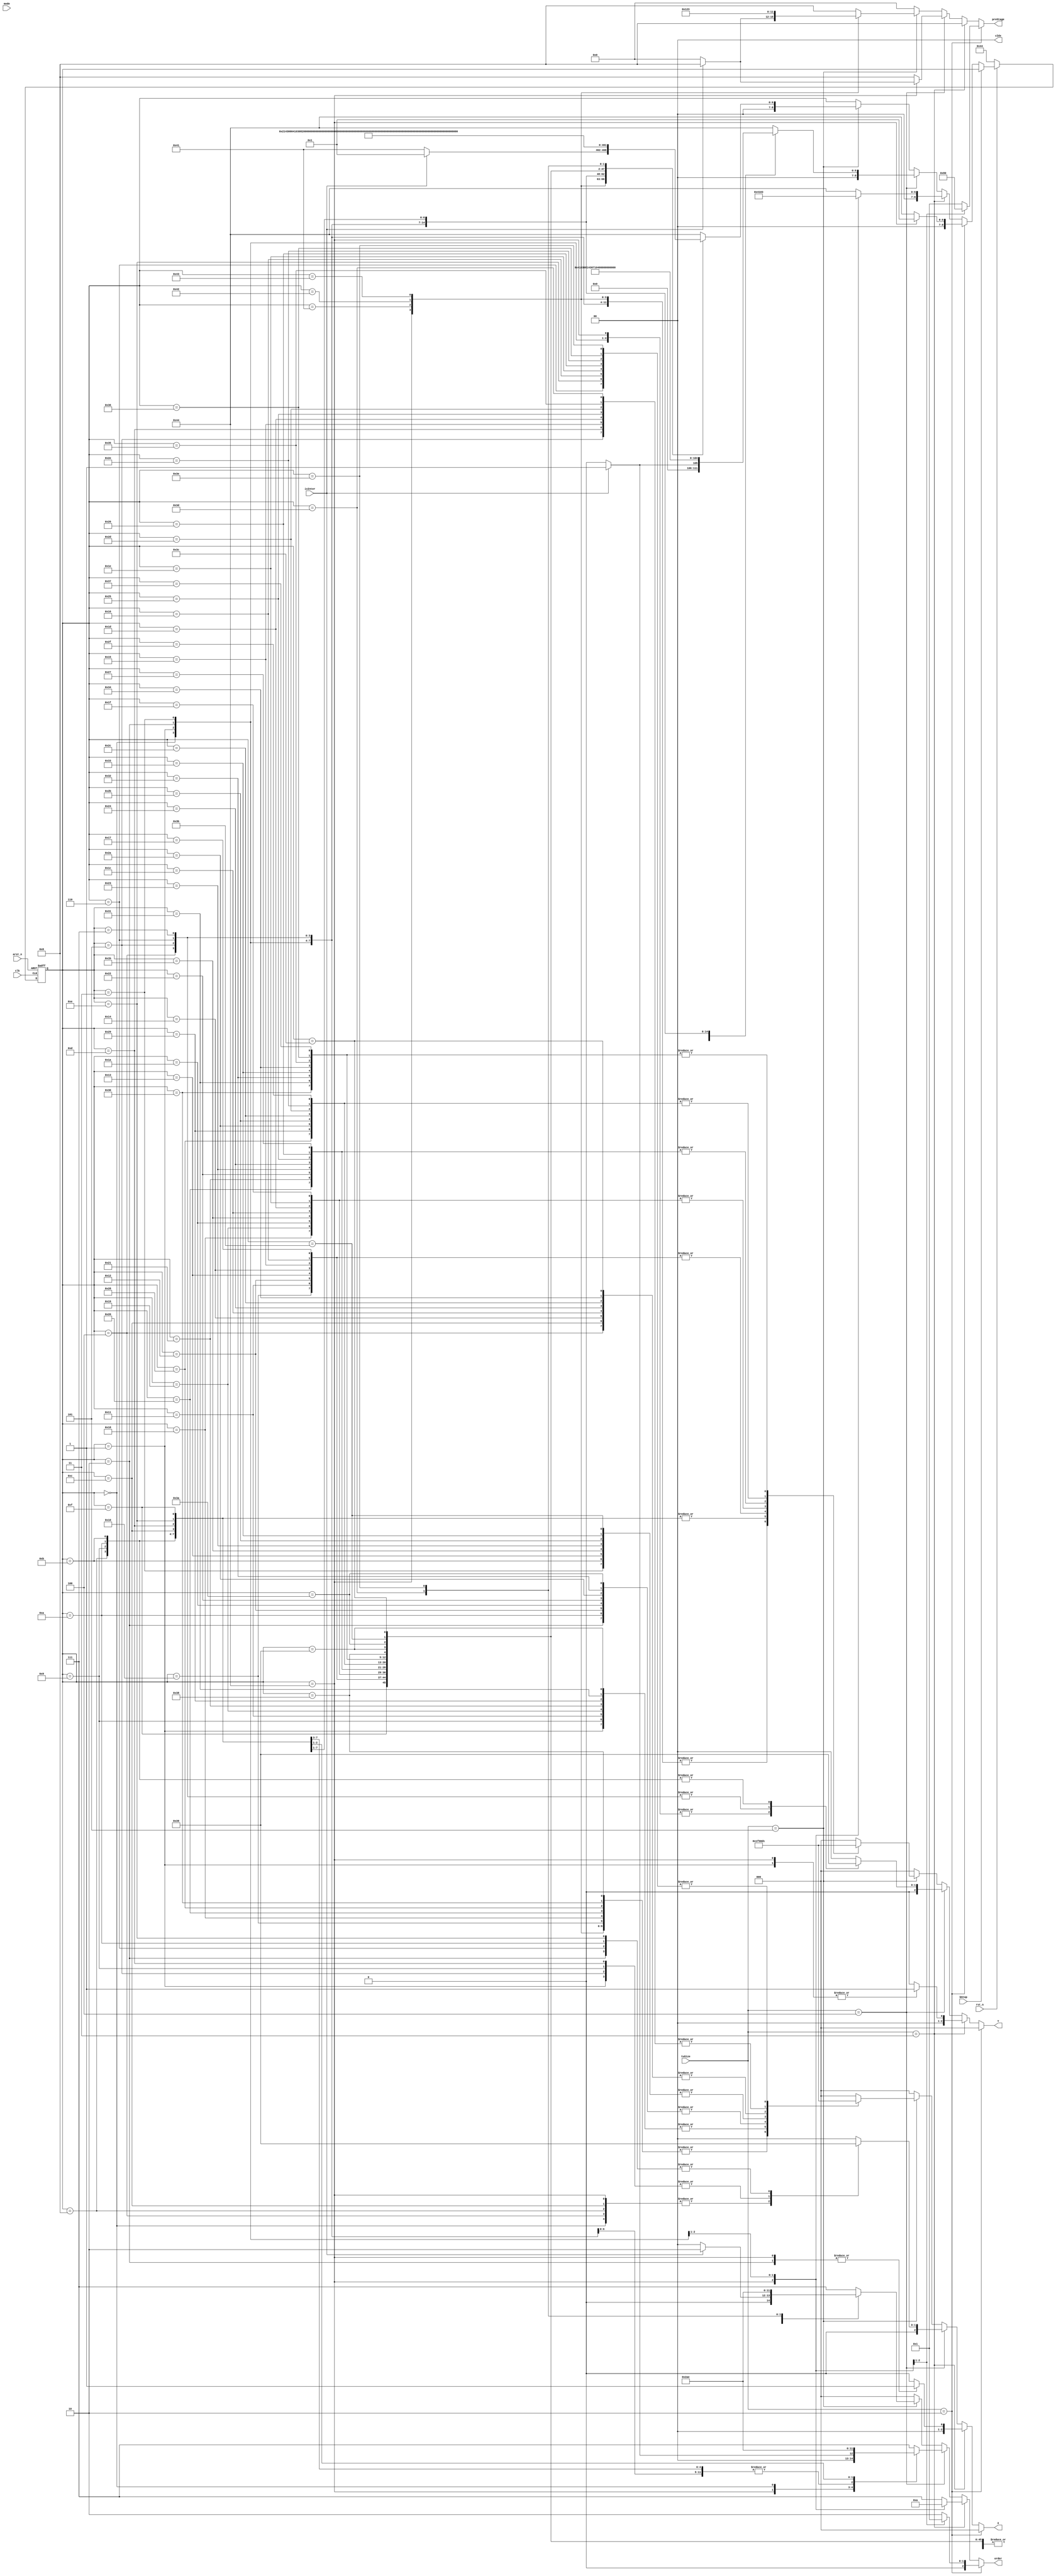
`timescale 1ns/1ps
module intra_fsm(
  clk
  ,arst_n
  ,rst_n
  ,tuSize // i
  ,mode   // i
  ,X      // out
  ,Y      // out
  ,preStage  //out
  ,order
  ,bStop
  ,cIdx
  ,isInter
);

parameter				isChroma = 0;

input 				clk,rst_n,arst_n;
input [5:0] 		mode;
input [2:0] 		tuSize;     //2 -- 4,    3--8,  4-- 16,  5--32,  6--64  
input 				bStop;
input				isInter;
output reg	[1:0]	cIdx;


reg	[1:0]			r_cIdx;

output reg [2:0] 	X,Y;   
reg [8:0] 			currentState;
reg [8:0] 			nextState;
output reg [3:0] 	preStage;
output 	reg [2:0]	order;

		 

parameter state0 = 9'd0, state1 = 9'd1, state2 = 9'd2, state3 = 9'd3, state4 = 9'd4, state5 = 9'd5, state6 = 9'd6, state7 = 9'd7, 
state8 = 9'd8, state9 = 9'd9, state10 = 9'd10, state11 = 9'd11, state12 = 9'd12, state13 = 9'd13, state14 = 9'd14, state15 = 9'd15, 
state16 = 9'd16, state17 = 9'd17, state18 = 9'd18, state19 = 9'd19, state20 = 9'd20, state21 = 9'd21, state22 = 9'd22, state23 = 9'd23, 
state24 = 9'd24, state25 = 9'd25, state26 = 9'd26, state27 = 9'd27, state28 = 9'd28, state29 = 9'd29, state30 = 9'd30, state31 = 9'd31, 
state32 = 9'd32, state33 = 9'd33, state34 = 9'd34, state35 = 9'd35, state36 = 9'd36, state37 = 9'd37, state38 = 9'd38, state39 = 9'd39, 
state40 = 9'd40, state41 = 9'd41, state42 = 9'd42, state43 = 9'd43, state44 = 9'd44, state45 = 9'd45, state46 = 9'd46, state47 = 9'd47, 
state48 = 9'd48, state49 = 9'd49, state50 = 9'd50, state51 = 9'd51, state52 = 9'd52, state53 = 9'd53, state54 = 9'd54, state55 = 9'd55, 
state56 = 9'd56, state57 = 9'd57, state58 = 9'd58, state59 = 9'd59, state60 = 9'd60, state61 = 9'd61, state62 = 9'd62, state63 = 9'd63, 
state64 = 9'd64, state65 = 9'd65, state66 = 9'd66, state67 = 9'd67;
parameter starState = 9'd68;


 always @(posedge clk or negedge arst_n) 
			if(~arst_n)	begin
				   currentState<= starState;
				   r_cIdx <= 1;
				end
			else if(!rst_n) begin
				   currentState<= starState;
				   r_cIdx <= 1;
				end
			else	begin
				if(!bStop)	begin
					currentState<= nextState;
					
					if(order==7 && tuSize!=2)
						r_cIdx <= ~r_cIdx;
					else if(tuSize==2 && order!=0)
						r_cIdx <= order==1? 2:1;
				end
				
			end
  
  always @(*) begin
		if(!isChroma)
			cIdx=0;
		else
			cIdx = r_cIdx;
			
    preStage = 0;	  X=0;   Y=0;  order =0;
  
    if(tuSize == 3'd2) begin
		case(currentState)
		starState: begin 
			X=0; Y=0; preStage=4'd8; order = 0;	 
			if(!isChroma)
				nextState = state1; 
			else
				nextState = cIdx==1? state1:state2; 
			end
		state1: begin nextState = starState; X=0; Y=0;  preStage=4'd0; order = 1; end
	//	state2: begin nextState = starState; X=0; Y=0;  preStage=4'd1; order = 2; end
		default: begin nextState = starState; X=0; Y=0;  preStage=4'd1; order = 2; end
        endcase
    end

    else  
      if(tuSize==3'd3) begin  
			
        case(currentState)
		starState: begin nextState = state1; X=1; Y=1; preStage=4'd8; order = 0;	  end
		state1: begin nextState = state2; X=0; Y=1;  preStage=4'd8; order = 1; end
		state2: begin nextState = state3; X=1; Y=0;  preStage=4'd8; order = 2; end
		//state3: begin nextState = starState; X=0; Y=0;  preStage=4'd8; order = 7; end 
		default: begin nextState = starState; X=0; Y=0;  preStage=4'd8; order = 7; end 
        endcase
       end
    else if(tuSize==3'd4)
        begin
	
           case(currentState)
		starState:  
			if(isInter)	begin
				nextState = state1; X=3; Y=3; preStage=4'd8;	order = 1; 	  	
			end
			else begin
				nextState = state0; X=3; Y=3; preStage=4'd0;	order = 0; 	  
			end
		
		state0: begin nextState = state1; X=3; Y=3; preStage=4'd8;      order = 1;		end
		state1: begin nextState = state2; X=2; Y=3; preStage=4'd8;		order = 2;   	end
		state2: begin nextState = state3; X=1; Y=3; preStage=4'd8;  	order = 2; 		end
		state3: begin nextState = state4; X=0; Y=3; preStage=4'd8;  	order = 2; 		end
		state4: begin nextState = state5; X=3; Y=2; preStage=4'd8;  	order = 2; 		end
		state5: begin nextState = state6; X=2; Y=2; preStage=4'd8;  	order = 2; 		end
		state6: begin nextState = state7; X=1; Y=2; preStage=4'd8;  	order = 2; 		end
		state7: begin nextState = state8; X=0; Y=2; preStage=4'd8;  	order = 2; 		end
		state8: begin nextState = state9; X=3; Y=1; preStage=4'd8;  	order = 2; 		end
		state9: begin nextState = state10; X=2; Y=1; preStage=4'd8;  	order = 2; 		end
		state10: begin nextState = state11; X=1; Y=1; preStage=4'd8;  	order = 2; 		end
		state11: begin nextState = state12; X=0; Y=1; preStage=4'd8;  	order = 2; 		end
		state12: begin nextState = state13; X=3; Y=0; preStage=4'd8;  	order = 2; 		end
		state13: begin nextState = state14; X=2; Y=0; preStage=4'd8;   	order = 5; 		end
		state14: begin nextState = state15; X=1; Y=0; preStage=4'd8;	order = 6;		end
//		state15: begin nextState = starState; X=0; Y=0; preStage=4'd8;	order = 7;		end
		default: begin nextState = starState; X=0; Y=0; preStage=4'd8;	order = 7;		end
        endcase
        end
    else if (tuSize==3'd5 ) begin 
	
       case(currentState)
		starState: 
		if(isInter)
			begin nextState = state1; X=7; Y=7; preStage=4'd8; 	order = 2;  end
		else
			begin nextState = state65; X=7; Y=7; preStage=4'd0; order = 0;  end
		state65: begin nextState = state66; X=7; Y=7; preStage=4'd1;	order = 1; 	end
		state66: begin nextState = state67; X=7; Y=7; preStage=4'd2;	order = 2; 	end
		state67: begin nextState = state0; X=7; Y=7; preStage=4'd3; 	order = 2; 	end
		state0: begin nextState = state1; X=7; Y=7;  preStage=4'd8; 	order = 2; 	end
		state1: begin nextState = state2; X=6; Y=7; preStage=4'd8; 		order = 2; 	end
		state2: begin nextState = state3; X=5; Y=7; preStage=4'd8; 		order = 2; 	end
		state3: begin nextState = state4; X=4; Y=7; preStage=4'd8; 		order = 2; 	end
		state4: begin nextState = state5; X=3; Y=7; preStage=4'd8;		order = 2; 	end
		state5: begin nextState = state6; X=2; Y=7; preStage=4'd8;		order = 2; 	end
		state6: begin nextState = state7; X=1; Y=7; preStage=4'd8;		order = 2; 	end
		state7: begin nextState = state8; X=0; Y=7; preStage=4'd8;		order = 2; 	end
		state8: begin nextState = state9; X=7; Y=6; preStage=4'd8;		order = 2; 	end
		state9: begin nextState = state10; X=6; Y=6; preStage=4'd8;		order = 2; 	end
		state10: begin nextState = state11; X=5; Y=6; preStage=4'd8;	order = 2; 	end
		state11: begin nextState = state12; X=4; Y=6; preStage=4'd8;	order = 2; 	end
		state12: begin nextState = state13; X=3; Y=6; preStage=4'd8;	order = 2; 	end
		state13: begin nextState = state14; X=2; Y=6; preStage=4'd8;	order = 2; 	end
		state14: begin nextState = state15; X=1; Y=6; preStage=4'd8;	order = 2; 	end
		state15: begin nextState = state16; X=0; Y=6; preStage=4'd8;	order = 2; 	end
		state16: begin nextState = state17; X=7; Y=5; preStage=4'd8;	order = 2; 	end
		state17: begin nextState = state18; X=6; Y=5; preStage=4'd8;	order = 2; 	end
		state18: begin nextState = state19; X=5; Y=5; preStage=4'd8;	order = 2; 	end
		state19: begin nextState = state20; X=4; Y=5; preStage=4'd8;	order = 2; 	end
		state20: begin nextState = state21; X=3; Y=5; preStage=4'd8;	order = 2; 	end
		state21: begin nextState = state22; X=2; Y=5; preStage=4'd8;	order = 2; 	end
		state22: begin nextState = state23; X=1; Y=5; preStage=4'd8;	order = 2; 	end
		state23: begin nextState = state24; X=0; Y=5; preStage=4'd8;	order = 2; 	end
		state24: begin nextState = state25; X=7; Y=4; preStage=4'd8;	order = 2; 	end
		state25: begin nextState = state26; X=6; Y=4; preStage=4'd8;	order = 2; 	end
		state26: begin nextState = state27; X=5; Y=4; preStage=4'd8;	order = 2; 	end
		state27: begin nextState = state28; X=4; Y=4; preStage=4'd8;	order = 2; 	end
		state28: begin nextState = state29; X=3; Y=4; preStage=4'd8;	order = 2; 	end
		state29: begin nextState = state30; X=2; Y=4; preStage=4'd8;	order = 2; 	end
		state30: begin nextState = state31; X=1; Y=4; preStage=4'd8;	order = 2; 	end
		state31: begin nextState = state32; X=0; Y=4; preStage=4'd8;	order = 2; 	end
		state32: begin nextState = state33; X=7; Y=3; preStage=4'd8;	order = 2; 	end
		state33: begin nextState = state34; X=6; Y=3; preStage=4'd8;	order = 2; 	end
		state34: begin nextState = state35; X=5; Y=3; preStage=4'd8;	order = 2; 	end
		state35: begin nextState = state36; X=4; Y=3; preStage=4'd8;	order = 2; 	end
		state36: begin nextState = state37; X=3; Y=3; preStage=4'd8;	order = 2; 	end
		state37: begin nextState = state38; X=2; Y=3; preStage=4'd8;	order = 2; 	end
		state38: begin nextState = state39; X=1; Y=3; preStage=4'd8;	order = 2; 	end
		state39: begin nextState = state40; X=0; Y=3; preStage=4'd8;	order = 2; 	end
		state40: begin nextState = state41; X=7; Y=2; preStage=4'd8;	order = 2; 	end
		state41: begin nextState = state42; X=6; Y=2; preStage=4'd8;	order = 2; 	end
		state42: begin nextState = state43; X=5; Y=2; preStage=4'd8;	order = 2; 	end
		state43: begin nextState = state44; X=4; Y=2; preStage=4'd8;	order = 2; 	end
		state44: begin nextState = state45; X=3; Y=2; preStage=4'd8;	order = 2; 	end
		state45: begin nextState = state46; X=2; Y=2; preStage=4'd8;	order = 2; 	end
		state46: begin nextState = state47; X=1; Y=2; preStage=4'd8;	order = 2; 	end
		state47: begin nextState = state48; X=0; Y=2; preStage=4'd8;	order = 2; 	end
		state48: begin nextState = state49; X=7; Y=1; preStage=4'd8;	order = 2; 	end
		state49: begin nextState = state50; X=6; Y=1; preStage=4'd8;	order = 2; 	end
		state50: begin nextState = state51; X=5; Y=1; preStage=4'd8;	order = 2; 	end
		state51: begin nextState = state52; X=4; Y=1; preStage=4'd8;	order = 2; 	end
		state52: begin nextState = state53; X=3; Y=1; preStage=4'd8;	order = 2; 	end
		state53: begin nextState = state54; X=2; Y=1; preStage=4'd8;	order = 2; 	end
		state54: begin nextState = state55; X=1; Y=1; preStage=4'd8;	order = 2; 	end
		state55: begin nextState = state56; X=0; Y=1; preStage=4'd8;	order = 2; 	end
		state56: begin nextState = state57; X=7; Y=0; preStage=4'd8;	order = 2; 	end
		state57: begin nextState = state58; X=6; Y=0; preStage=4'd8;	order = 2; 	end
		state58: begin nextState = state59; X=5; Y=0; preStage=4'd8;	order = 2; 	end
		state59: begin nextState = state60; X=4; Y=0; preStage=4'd8;	order = 2; 	end
		state60: begin nextState = state61; X=3; Y=0; preStage=4'd8;	order = 2;	end		
		state61: begin nextState = state62; X=2; Y=0; preStage=4'd8;	order = 5;	end	
		state62: begin nextState = state63; X=1; Y=0; preStage=4'd8;	order = 6;	end
	//	state63: begin nextState = starState; X=0; Y=0; preStage=4'd8;	order = 7;	end         
		default: begin nextState = starState; X=0; Y=0; preStage=4'd8;	order = 7;	end         
        endcase
    end
    
    else
		nextState = currentState;   //X=0; Y=0;   order=0;  
	end


  
endmodule